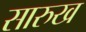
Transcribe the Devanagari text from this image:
सारुख